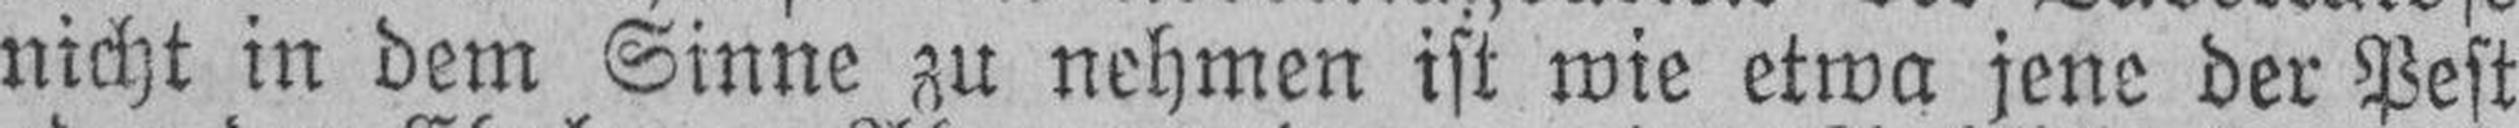
nicht in dem Sinne zu nehmen ist wie etwa jene der Pest